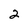
Character: 2